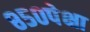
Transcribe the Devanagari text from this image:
८५०पेक्षा